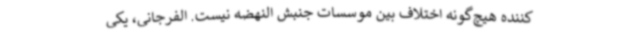
‌کننده هیچ‌گونه اختلاف بین موسسات جنبش النهضه نیست‌. الفرجانی، یکی